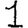
Digit: 1